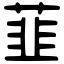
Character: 韮